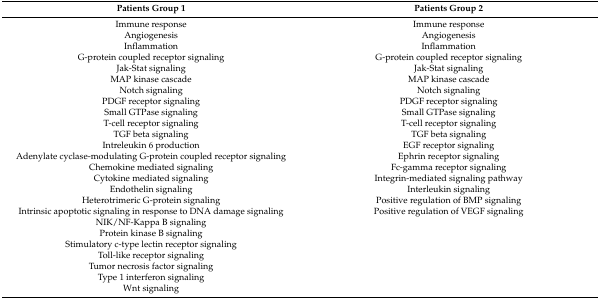
| Patients Group 1 | Patients Group 2 |
 | --- | --- |
 | Immune response | Immune response |
 | Angiogenesis | Angiogenesis |
 | Inflammation | Inflammation |
 | G-protein coupled receptor signaling | G-protein coupled receptor signaling |
 | Jak-Stat signaling | Jak-Stat signaling |
 | MAP kinase cascade | MAP kinase cascade |
 | Notch signaling | Notch signaling |
 | PDGF receptor signaling | PDGF receptor signaling |
 | Small GTPase signaling | Small GTPase signaling |
 | T-cell receptor signaling | T-cell receptor signaling |
 | TGF beta signaling | TGF beta signaling |
 | Intreleukin 6 production | EGF receptor signaling |
 | Adenylate cyclase-modulating G-protein coupled receptor signaling | Ephrin receptor signaling |
 | Chemokine mediated signaling | Fc-gamma receptor signaling |
 | Cytokine mediated signaling | Integrin-mediated signaling pathway |
 | Endothelin signaling | Interleukin signaling |
 | Heterotrimeric G-protein signaling | Positive regulation of BMP signaling |
 | Intrinsic apoptotic signaling in response to DNA damage signaling | Positive regulation of VEGF signaling |
 | NIK/NF-Kappa B signaling |  |
 | Protein kinase B signaling |  |
 | Stimulatory c-type lectin receptor signaling |  |
 | Toll-like receptor signaling |  |
 | Tumor necrosis factor signaling |  |
 | Type 1 interferon signaling |  |
 | Wnt signaling |  |